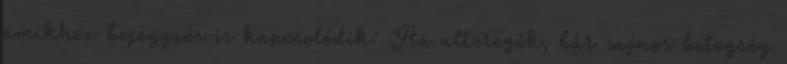
amikhez bejegyzés is kapcsolódik: Az alteregók, bár sajnos betegség